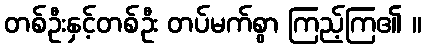
တစ်ဦးနှင့်တစ်ဦး တပ်မက်စွာ ကြည့်ကြ၏ ။